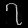
Digit: ၇